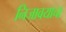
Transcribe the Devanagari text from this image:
निजावयाचा